Civil Veterinary Dept. Bombay admin report 1893-99 - 1893-1899
Year: 1893
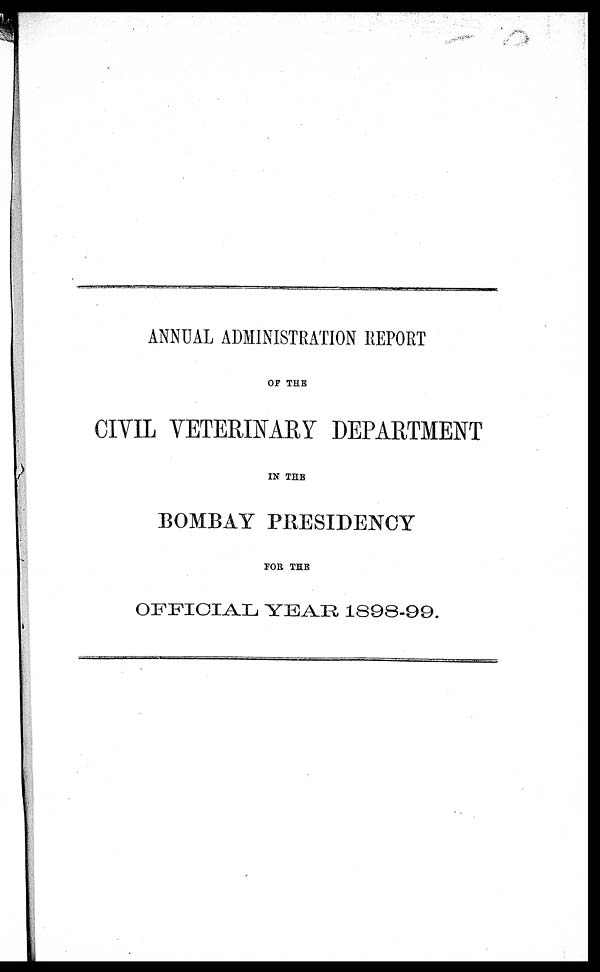
ANNUAL ADMINISTRATION REPORT
OF THE
CIVIL VETERINARY DEPARTMENT
IN THE
BOMBAY PRESIDENCY
FOR THE
OFFICIAL YEAR 1898-99.